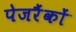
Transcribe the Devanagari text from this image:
पेजरैंकों